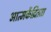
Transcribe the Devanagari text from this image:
आत्मकेंद्रितता